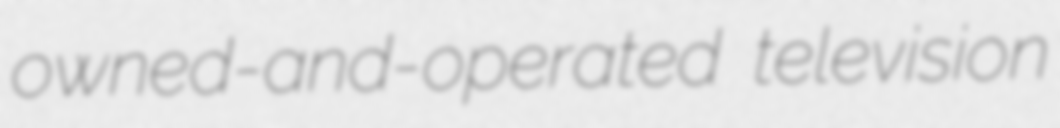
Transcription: owned-and-operated television